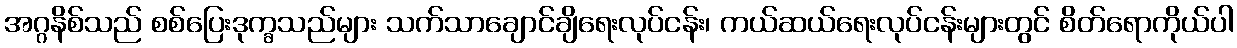
အဂ္ဂနိစ်သည် စစ်ပြေးဒုက္ခသည်များ သက်သာချောင်ချိရေးလုပ်ငန်း၊ ကယ်ဆယ်ရေးလုပ်ငန်းများတွင် စိတ်ရောကိုယ်ပါ